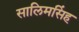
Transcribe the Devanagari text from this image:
सालिमसिंह